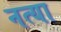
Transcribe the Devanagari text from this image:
नत्या